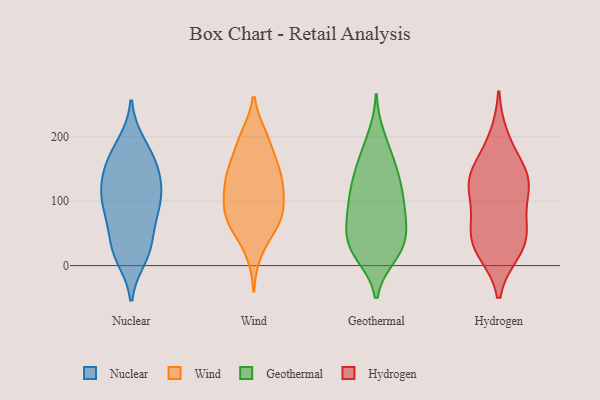
{"axis": {"x": "Net Income (USD K)", "y": "Value"}, "legend": ["Geothermal", "Hydrogen", "Nuclear", "Wind"], "data": [{"x": "", "y": 13, "type": "Nuclear"}, {"x": "", "y": 140, "type": "Nuclear"}, {"x": "", "y": 159, "type": "Nuclear"}, {"x": "", "y": 84, "type": "Nuclear"}, {"x": "", "y": 181, "type": "Nuclear"}, {"x": "", "y": 133, "type": "Nuclear"}, {"x": "", "y": 80, "type": "Nuclear"}, {"x": "", "y": 117, "type": "Nuclear"}, {"x": "", "y": 138, "type": "Nuclear"}, {"x": "", "y": 28, "type": "Nuclear"}, {"x": "", "y": 104, "type": "Nuclear"}, {"x": "", "y": 189, "type": "Nuclear"}, {"x": "", "y": 100, "type": "Nuclear"}, {"x": "", "y": 24, "type": "Nuclear"}, {"x": "", "y": 164, "type": "Nuclear"}, {"x": "", "y": 53, "type": "Nuclear"}, {"x": "", "y": 22, "type": "Nuclear"}, {"x": "", "y": 91, "type": "Nuclear"}, {"x": "", "y": 106, "type": "Wind"}, {"x": "", "y": 144, "type": "Wind"}, {"x": "", "y": 192, "type": "Wind"}, {"x": "", "y": 22, "type": "Wind"}, {"x": "", "y": 69, "type": "Wind"}, {"x": "", "y": 199, "type": "Wind"}, {"x": "", "y": 62, "type": "Wind"}, {"x": "", "y": 136, "type": "Wind"}, {"x": "", "y": 81, "type": "Wind"}, {"x": "", "y": 106, "type": "Wind"}, {"x": "", "y": 74, "type": "Wind"}, {"x": "", "y": 148, "type": "Wind"}, {"x": "", "y": 137, "type": "Wind"}, {"x": "", "y": 145, "type": "Wind"}, {"x": "", "y": 195, "type": "Wind"}, {"x": "", "y": 97, "type": "Wind"}, {"x": "", "y": 63, "type": "Wind"}, {"x": "", "y": 20, "type": "Geothermal"}, {"x": "", "y": 36, "type": "Geothermal"}, {"x": "", "y": 152, "type": "Geothermal"}, {"x": "", "y": 43, "type": "Geothermal"}, {"x": "", "y": 123, "type": "Geothermal"}, {"x": "", "y": 16, "type": "Geothermal"}, {"x": "", "y": 155, "type": "Geothermal"}, {"x": "", "y": 112, "type": "Geothermal"}, {"x": "", "y": 75, "type": "Geothermal"}, {"x": "", "y": 143, "type": "Geothermal"}, {"x": "", "y": 112, "type": "Geothermal"}, {"x": "", "y": 106, "type": "Geothermal"}, {"x": "", "y": 181, "type": "Geothermal"}, {"x": "", "y": 47, "type": "Geothermal"}, {"x": "", "y": 19, "type": "Geothermal"}, {"x": "", "y": 82, "type": "Geothermal"}, {"x": "", "y": 200, "type": "Geothermal"}, {"x": "", "y": 69, "type": "Geothermal"}, {"x": "", "y": 29, "type": "Geothermal"}, {"x": "", "y": 76, "type": "Geothermal"}, {"x": "", "y": 162, "type": "Hydrogen"}, {"x": "", "y": 111, "type": "Hydrogen"}, {"x": "", "y": 70, "type": "Hydrogen"}, {"x": "", "y": 129, "type": "Hydrogen"}, {"x": "", "y": 58, "type": "Hydrogen"}, {"x": "", "y": 32, "type": "Hydrogen"}, {"x": "", "y": 198, "type": "Hydrogen"}, {"x": "", "y": 136, "type": "Hydrogen"}, {"x": "", "y": 22, "type": "Hydrogen"}, {"x": "", "y": 25, "type": "Hydrogen"}, {"x": "", "y": 132, "type": "Hydrogen"}, {"x": "", "y": 51, "type": "Hydrogen"}, {"x": "", "y": 126, "type": "Hydrogen"}]}